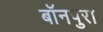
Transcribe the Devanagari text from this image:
बॉनपुरा